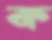
ক